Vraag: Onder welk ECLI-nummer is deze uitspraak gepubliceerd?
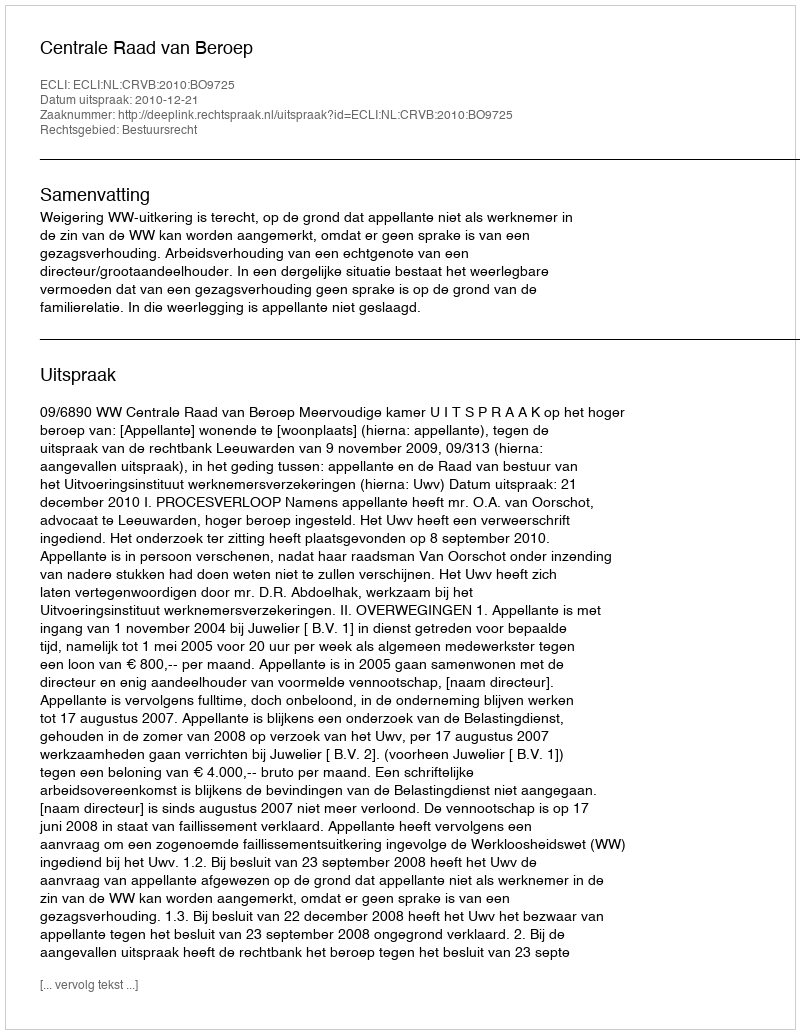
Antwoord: ECLI:NL:CRVB:2010:BO9725